Source: Handwritten
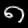
Digit: ၈ (8)